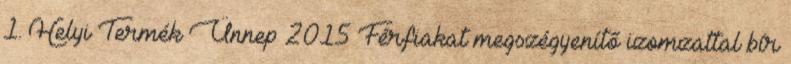
1. Helyi Termék Ünnep 2015 Férfiakat megszégyenítő izomzattal bír